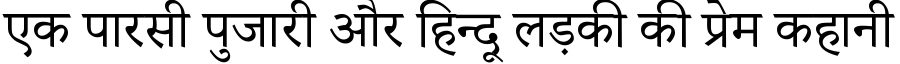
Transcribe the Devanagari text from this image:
एक पारसी पुजारी और हिन्दू लड़की की प्रेम कहानी